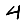
Digit: 4